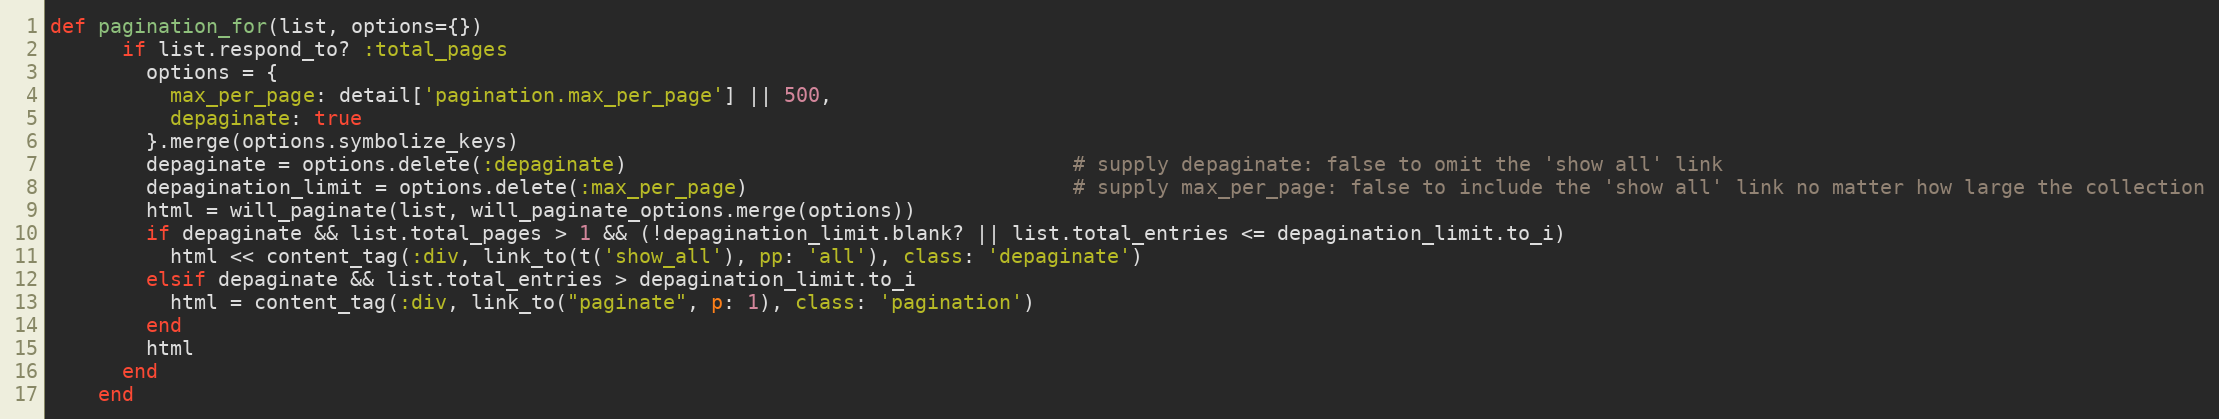
Language: Ruby
def pagination_for(list, options={})
      if list.respond_to? :total_pages
        options = {
          max_per_page: detail['pagination.max_per_page'] || 500,
          depaginate: true
        }.merge(options.symbolize_keys)
        depaginate = options.delete(:depaginate)                                     # supply depaginate: false to omit the 'show all' link
        depagination_limit = options.delete(:max_per_page)                           # supply max_per_page: false to include the 'show all' link no matter how large the collection
        html = will_paginate(list, will_paginate_options.merge(options))
        if depaginate && list.total_pages > 1 && (!depagination_limit.blank? || list.total_entries <= depagination_limit.to_i)
          html << content_tag(:div, link_to(t('show_all'), pp: 'all'), class: 'depaginate')
        elsif depaginate && list.total_entries > depagination_limit.to_i
          html = content_tag(:div, link_to("paginate", p: 1), class: 'pagination')
        end
        html
      end
    end